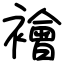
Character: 襘